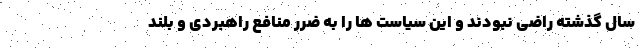
سال گذشته راضی نبودند و این سیاست ها را به ضرر منافع راهبردی و بلند